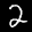
Digit: 2